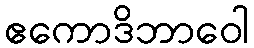
ဧကောဒိဘာဝေါ